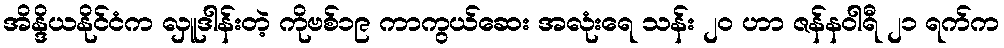
အိန္ဒိယနိုင်ငံက လှူဒါန်းတဲ့ ကိုဗစ်၁၉ ကာကွယ်ဆေး အလုံးရေ သန်း ၂၀ ဟာ ဇန်နဝါရီ ၂၁ ရက်က